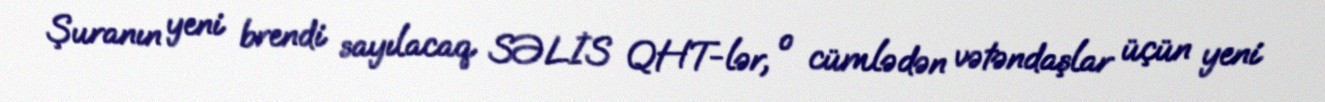
Şuranın yeni brendi sayılacaq SƏLİS QHT-lər, o cümlədən vətəndaşlar üçün yeni